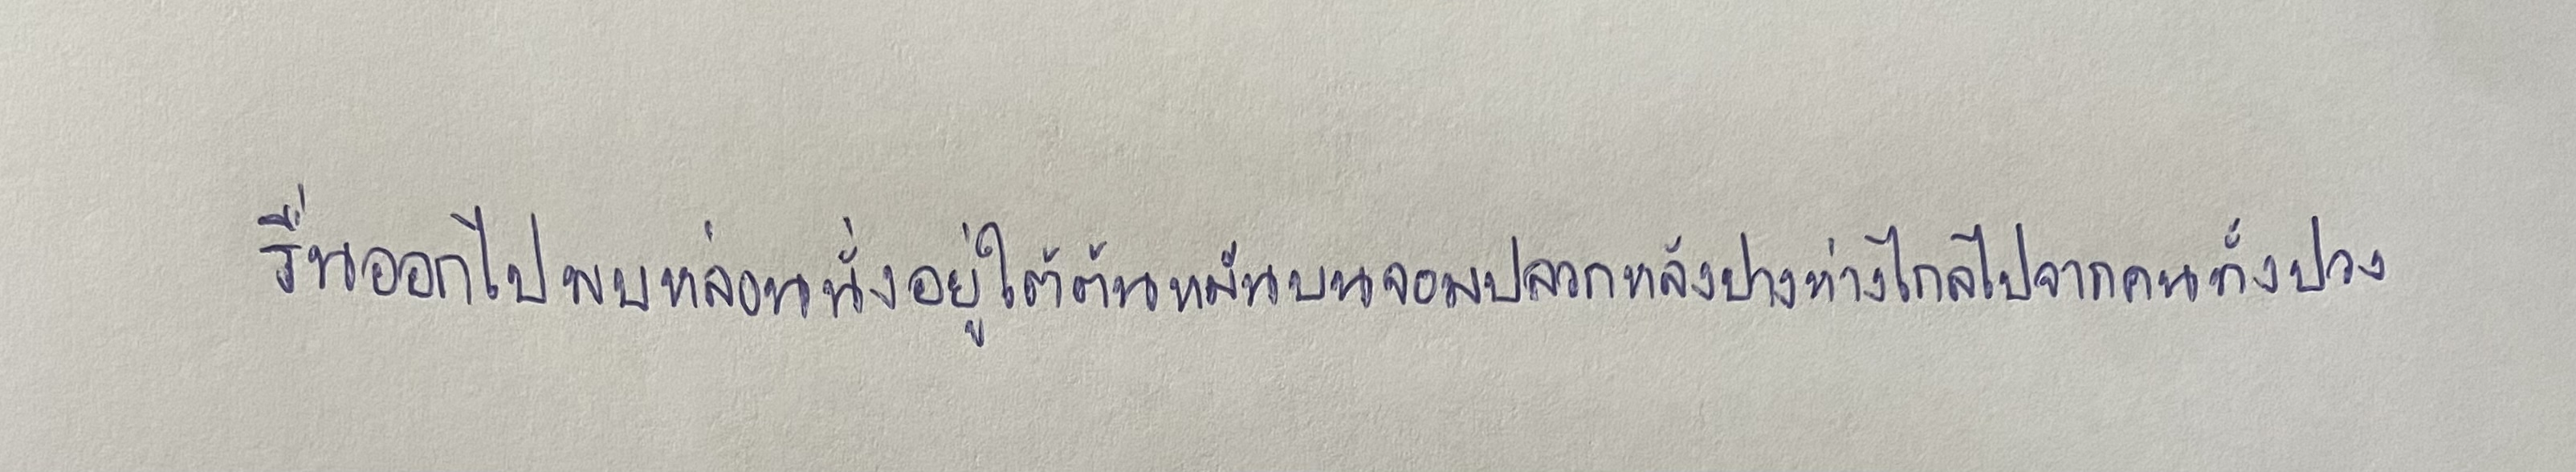
รื่นออกไปพบหล่อนนั่งอยู่ใต้ต้นหมันบนจอมปลวกหลังปางห่างไกลไปจากคนทั้งปวง